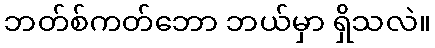
ဘတ်စ်ကတ်ဘော ဘယ်မှာ ရှိသလဲ။